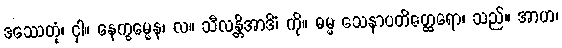
ဒဿေတုံ၊ ငှါ။ နေက္ခမ္မေန၊ လ။ သီလန္တိအာဒိံ၊ ကို။ ဓမ္မ သေနာပတိတ္ထေရော၊ သည်။ အာဟ၊